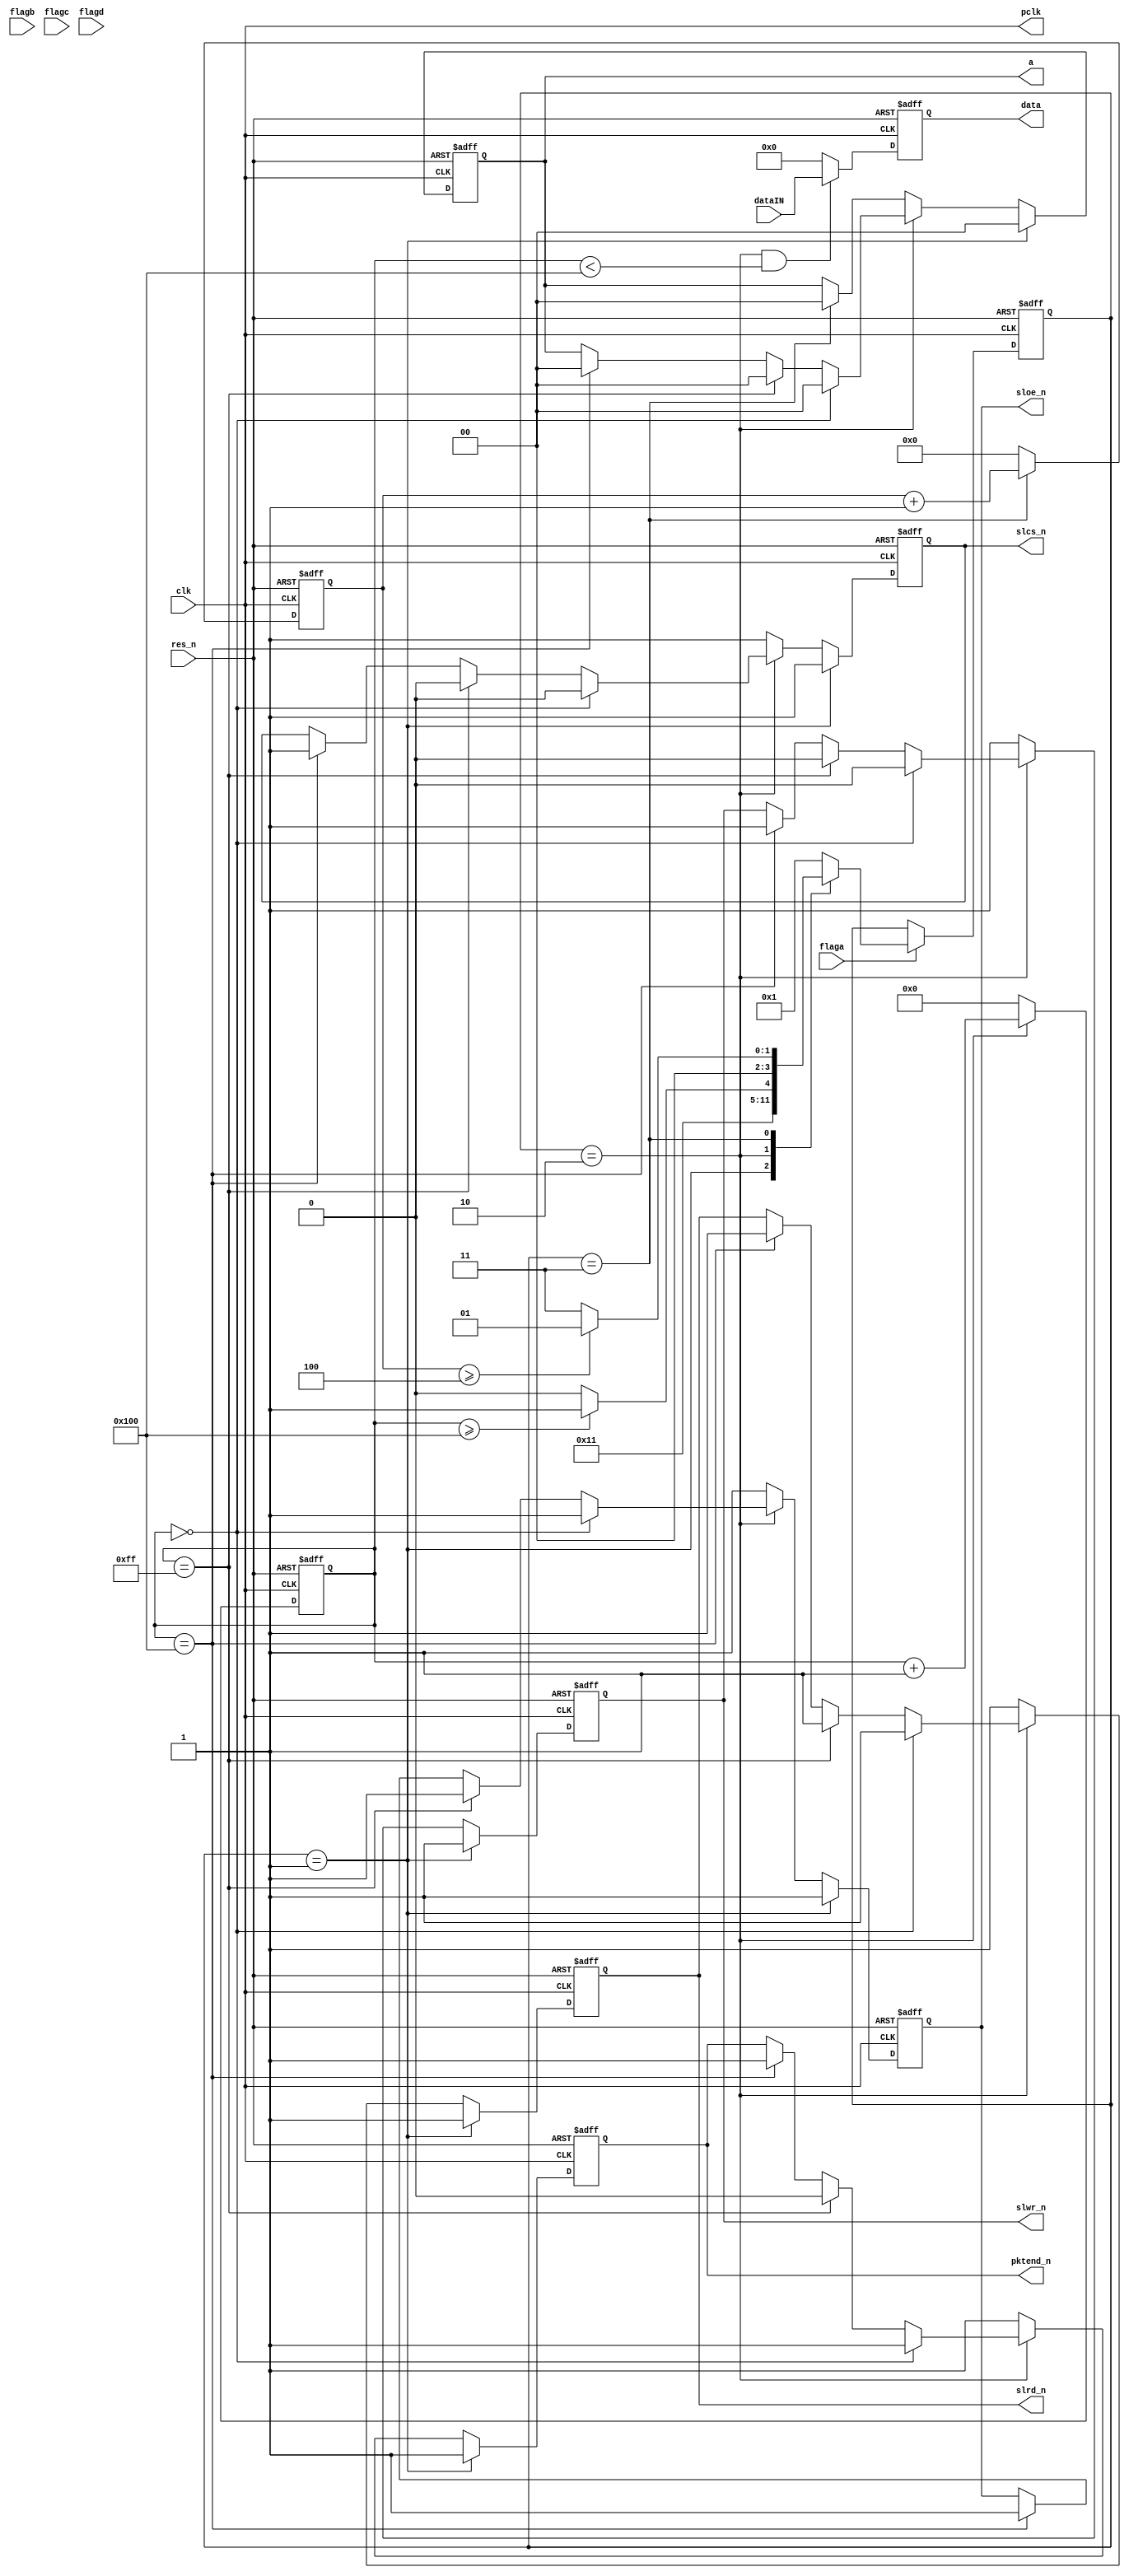
`define write_only

module usb_ctrl_wrOnly (
    input              clk,
    input              res_n,
    input      [31:0]  dataIN,          //
//FIFO
    input              flaga,           //FIFO  1     0
    input              flagb,           //FIFO  1   06Byte
    input              flagc,           //FIFO  1       0
    input              flagd,           //FIFO  1     06Byte
//
    output reg         slcs_n,          //
    output reg         slwr_n,          //
    output reg         slrd_n,          //
    output reg         sloe_n,          //
    output reg         pktend_n,        //
    output reg [1:0]   a,               //

`ifndef write_only
    inout      [31:0]  data,            //
`else 
    output     [31:0]  data,            //
`endif 

    output             pclk             //

);
    localparam         pack_len = 256;  //

    assign pclk = clk;                  //

    reg        [8:0]  data_num;        //
    reg        [3:0]   delay_cnt;       //
    reg        [31:0]  hanging;         //FIFO
    reg        [31:0]  wrreg;           //
    reg        [3:0]   state;           
//FSM
    parameter          Rest = 4'd0;
    parameter          Idle = 4'd1;
    parameter          Write = 4'd2;
    parameter          Write_stop = 4'd3;
//
    parameter          sl_on  = 1'b0;
    parameter          sl_off = 1'b1;
/* 
    parameter          Read = 4'd4;
    parameter          Rdelay = 4'd5;
    parameter          Read_stop = 4'd6;
*/
//  reg                W_or_D;          //
//  reg        [31:0]  rdreg;           //
/*
//    0Write  1read
always @(posedge clk or negedge res_n) begin
    if (!res_n) begin
        W_or_D <= 1'b1;         // 
    end
    else if(state == Read_stop) begin
        W_or_D <=  1'b0;        //       
    end
    else begin
        W_or_D <= 1'b1;         //
    end
end
*/

//FSM
always @(posedge clk or negedge res_n) begin
    if (!res_n) begin
        state <= Rest;
    end
    else begin
        if (!flaga) begin
            hanging <= hanging + 1'b1;
        end
        else begin
            hanging <= 32'b0;
        case (state)
            Rest:begin
                state <= Idle;
            end 
            Idle:begin
                if (flaga) begin //FIFO
                    state <= Write;
                end
                else begin
                    state <= Idle;
                end
            end
            Write:begin
                if (data_num >= pack_len) begin
                    state <= Write_stop;
                end
                else begin
                    state <= Write;
                end
            end
            Write_stop:begin
                if (delay_cnt >= 4'd4) begin
                    state <= Idle;
                end
                else begin
                    state <= Write_stop;
                end
            end
            default:begin 
                state <= Idle;
            end 
        endcase
        end
    end
end
//
always @(posedge clk or negedge res_n ) begin
    if(!res_n)begin
        data_num <= 9'b0;
    end
    else if (state == Write) begin
        data_num <= data_num + 1'b1;
    end
    else begin
        data_num <= 9'b0;
    end
end
//
always @(posedge clk or negedge res_n) begin
    if (!res_n) begin
        delay_cnt <= 4'b0;
    end
    else if (state == Write_stop) begin
        delay_cnt <= delay_cnt + 1'b1;
    end
    else begin
        delay_cnt <= 4'b0;
    end
end
//
always @(posedge clk or negedge res_n) begin
    if (!res_n) begin
        slcs_n   <= sl_off;
        slwr_n   <= sl_off;
        slrd_n   <= sl_off;
        sloe_n   <= sl_off;
        pktend_n <= sl_off;
        a        <= 2'b00;
    end
    else if (state == Idle) begin          //IDLE
        slcs_n   <= sl_off;
        slwr_n   <= sl_off;
        slrd_n   <= sl_off;
        sloe_n   <= sl_off;
        pktend_n <= sl_off;
        a        <= 2'b00;
    end
    else if (state == Write) begin          //Write
        if (data_num == 9'd0) begin        //Write
            slcs_n   <= sl_on;
            slwr_n   <= sl_on;
            slrd_n   <= sl_off;
            sloe_n   <= sl_off;
            pktend_n <= sl_off;
            a        <= 2'b00;
        end
        else if (data_num == 9'd255) begin //Write
            slcs_n   <= sl_on;
            slwr_n   <= sl_on;
            slrd_n   <= sl_off;
            sloe_n   <= sl_off;
            pktend_n <= sl_on;
            a        <= 2'b00;
        end
        else if (data_num == 9'd256) begin //Write
            slcs_n   <= sl_off;
            slwr_n   <= sl_off;
            slrd_n   <= sl_off;
            sloe_n   <= sl_off;
            pktend_n <= sl_off;
            a        <= 2'b00;
        end
    end
    else if (state == Write_stop) begin     //
        slcs_n   <= sl_off;
        slwr_n   <= sl_off;
        slrd_n   <= sl_off;
        sloe_n   <= sl_off;
        pktend_n <= sl_off;
        a        <= 2'b00;
    end
    else begin
        slcs_n   <= sl_off;
        slwr_n   <= sl_off;
        slrd_n   <= sl_off;
        sloe_n   <= sl_off;
        pktend_n <= sl_off;
    end
end
//32bit
always @(posedge clk or negedge res_n) begin
    if (!res_n) begin
        wrreg <= 32'b0;
    end
    else if ((state == Write) && (data_num < pack_len )) begin //pack_len = 256256
        wrreg <= dataIN;                                       //
    end
    else begin
        wrreg <= 32'b0;
    end
end

assign data = wrreg;                                           //

/*
// 
`ifndef write_only
    assign data = (W_or_D?rdreg:wrreg);            //
`else 
    assign data = wrreg;                           //
`endif 
*/
endmodule